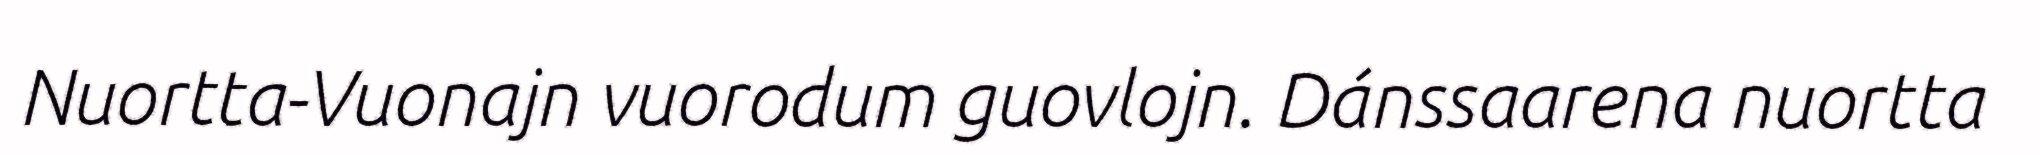
Nuortta-Vuonajn vuorodum guovlojn. Dánssaarena nuortta